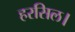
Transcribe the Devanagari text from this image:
हरसिल।